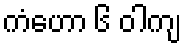
ကံဟော ၆ ဝါကျ